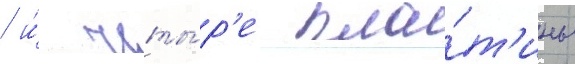
/ и́ четы́р'е пла́т'ины